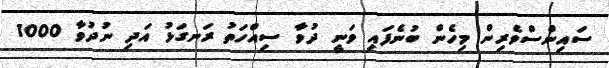
ސައިންސްވެރިން މިހެން ބުނެފައި ވަނީ ދުވާ ސިއްހަތު ރަނގަޅު އަދި ނުދުވާ 1000